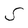
Character: S